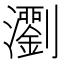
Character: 𤄉